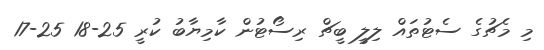
މި މެޗުގެ ސެޓުތައް ލިލީ ބީޗް ރިސޯޓުން ކާމިޔާބު ކުރީ 25-18 25-17